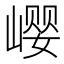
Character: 𪩎